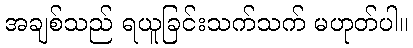
အချစ်သည် ရယူခြင်းသက်သက် မဟုတ်ပါ။